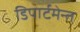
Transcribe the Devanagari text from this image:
डिपार्टमेन्त